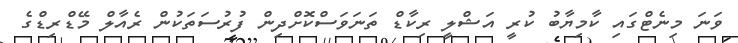
ވަނަ މިނެޓްގައި ކާމިޔާބު ކުރީ އަޝްލީ ރިކާޑް ތަނަވަސްކޮށްދިން ފުރުސަތަކުން ރެއާލް މޭޑްރިޑްގެ